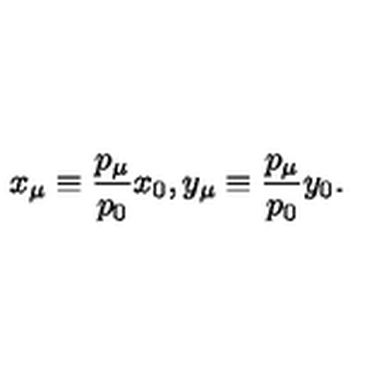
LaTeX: x _ { \mu } \equiv \frac { p _ { \mu } } { p _ { 0 } } x _ { 0 } , y _ { \mu } \equiv \frac { p _ { \mu } } { p _ { 0 } } y _ { 0 } .